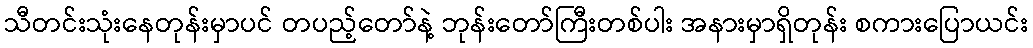
သီတင်းသုံးနေတုန်းမှာပင် တပည့်တော်နဲ့ ဘုန်းတော်ကြီးတစ်ပါး အနားမှာရှိတုန်း စကားပြောယင်း